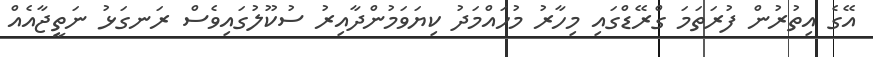
އޭގެ އިތުރުން ފުރަތަމަ ގްރޭޑްގައި މިހާރު މުހައްމަދު ކިޔަވަމުންދާއިރު ސުކޫލުގައިވެސް ރަނގަޅު ނަތީޖާއެއް